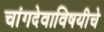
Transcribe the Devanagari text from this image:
चांगदेवाविषयीचे